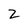
Character: 2